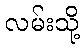
လမ်းသို့